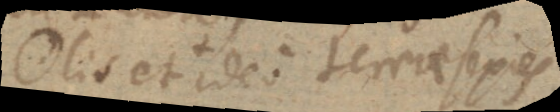
☉lis et ideo terrae sexies